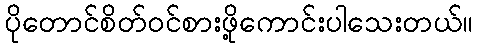
ပိုတောင်စိတ်ဝင်စားဖို့ကောင်းပါသေးတယ်။